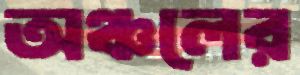
অঞ্চলের